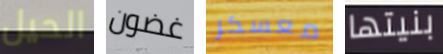
الحيل غضون معسكر بنيتها